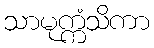
သာမုက္ကံသိကာ